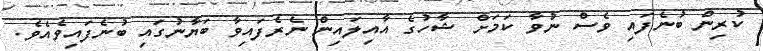
ކުރިން ބުނެފައި ވެސް ނުވާ ކަމަށް ޝާހުގެ އާއިލައިން ނެރެފައިވާ ބަޔާނުގައި ބުނެފައިވެއެވެ.